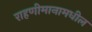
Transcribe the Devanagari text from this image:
राहणीमानामधील